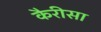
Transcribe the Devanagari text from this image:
कैरीसा